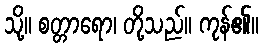
သို့။ စတ္တာရော၊ တို့သည်။ ကုန်၏။